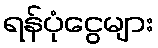
ရန်ပုံငွေများ